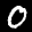
Label: 0